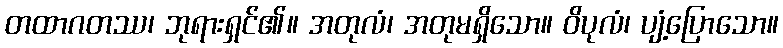
တထာဂတဿ၊ ဘုရားရှင်၏။ အတုလံ၊ အတုမရှိသော။ ဝိပုလံ၊ ပျံ့ပြောသော။